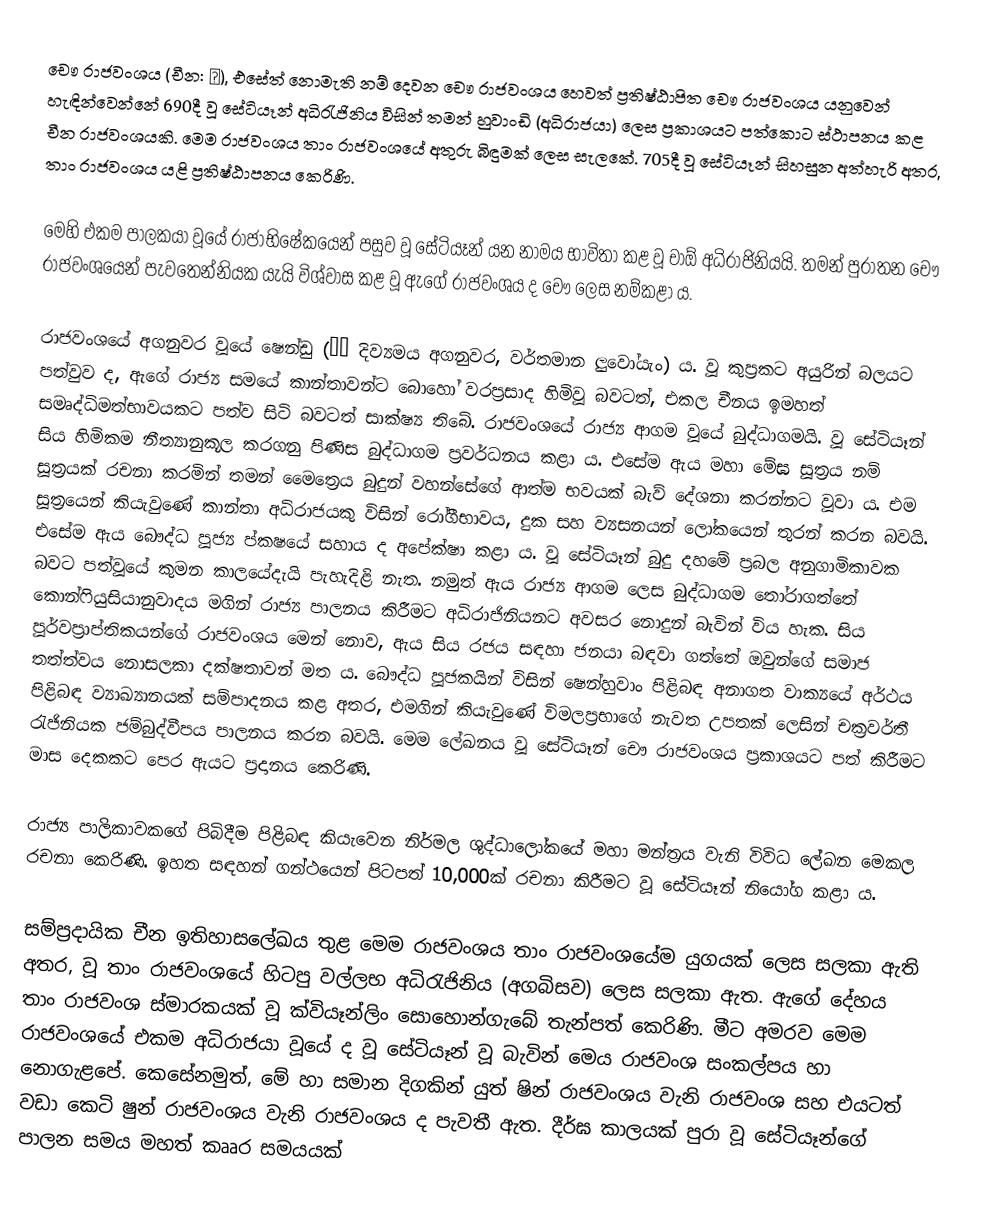
චෞ රාජවංශය (චීන: 周), එසේත් නොමැති නම් දෙවන චෞ රාජවංශය හෙවත් ප්‍රතිෂ්ඨාපිත‍ චෞ රාජවංශය යනුවෙන් හැඳින්වෙන්නේ 690දී වූ සේටියෑන් අධිරැජිනිය විසින් තමන් හුවාංඩි (අධිරාජයා) ලෙස ප්‍රකාශයට පත්කොට ස්ථාපනය කළ චීන රාජවංශයකි. මෙම රාජවංශය තාං රාජවංශයේ අතුරු බිඳුමක් ලෙස සැලකේ. 705දී වූ සේටියෑන් සිහසුන අත්හැරි අතර, තාං රාජවංශය යළි ප්‍රතිෂ්ඨාපනය කෙරිණි.

මෙහි එකම පාලකයා වූයේ රාජාභිෂේකයෙන් පසුව වූ සේටියෑන් යන නාමය භාවිතා කළ වූ චාඕ අධිරාජිනියයි. තමන් පුරාතන චෞ රාජවංශයෙන් පැවතෙන්නියක යැයි විශ්වාස කළ වූ ‍ඇගේ රාජවංශය ද චෞ ලෙස නම්කළා ය.

රාජවංශයේ අගනුවර වූයේ ෂෙන්ඩු (神都 දිව්‍යමය අගනුවර, වර්තමාන ලුවෝයැං) ය. වූ කුප්‍රකට අයුරින් බලයට පත්වුව ද, ඇගේ රාජ්‍ය සමයේ කාන්තාවන්ට බොහෝ වරප්‍රසාද හිමිවූ බවටත්, එකල චීනය ඉමහත් සමෘද්ධිමත්භාවයකට පත්ව සිටි බවටත් සාක්ෂ්‍ය තිබේ. රාජවංශයේ රාජ්‍ය ආගම වූයේ බුද්ධාගමයි. වූ සේටියෑන් සිය හිමිකම නීත්‍යානුකූල කරගනු පිණිස බුද්ධාගම ප්‍රවර්ධනය කළා ය. එසේම ඇය මහා මේඝ සූත්‍රය නම් සූත්‍රයක් රචනා කරමින් තමන් මෛත්‍රෙය බුදුන් වහන්සේගේ ආත්ම භවයක් බැව් දේශනා කරන්නට වූවා ය. එම සූත්‍රයෙන් කියැවුණේ කාන්තා අධිරාජයකු විසින් රෝගීභාවය, දුක සහ ව්‍යසනයන් ලෝකයෙන් තුරන් කරන බවයි. එසේම ඇය බෞද්ධ පූජ්‍ය ප්කෂයේ සහාය ද අපේක්ෂා කළා ය. වූ සේටියෑන් බුදු දහමේ ප්‍රබල අනුගාමිකාවක බවට පත්වූයේ කුමන කාලයේදැයි පැහැදිළි නැත. නමුත් ඇය රාජ්‍ය ආගම ලෙස බුද්ධාගම තෝරාගත්තේ කොන්ෆියුසියානුවාදය මගින් රාජ්‍ය පාලනය කිරීමට අධිරාජිනියනට අවසර නොදුන් බැවින් විය හැක. සිය පූර්වප්‍රාප්තිකයන්ගේ රාජවංශය මෙන් ‍නොව, ඇය සිය රජය සඳහා ජනයා බඳවා ගත්තේ ඔවුන්ගේ සමාජ තත්ත්වය නොසලකා දක්ෂතාවන් මත ය. බෞද්ධ පූජකයින් විසින් ෂෙන්හුවාං පිළිබඳ අනාගත වාක්‍යයේ අර්ථය පිළිබඳ ව්‍යාඛ්‍යානයක් සම්පාදනය කළ අතර, එමගින් කියැවුණේ විමලප්‍රභාගේ නැවත උපතක් ලෙසින් චක්‍රවර්තී රැජිනියක ජම්බුද්වීපය පාලනය කරන බවයි. මෙම ලේඛනය වූ සේටියෑන් චෞ රාජවංශය ප්‍රකාශයට පත් කිරීමට මාස දෙකකට පෙර ඇයට ප්‍රදානය කෙරිණි.

රාජ්‍ය පාලිකාවකගේ පිබිදීම පිළිබඳ කියැවෙන නිර්මල ශුද්ධාලෝකයේ මහා මන්ත්‍රය වැනි විවිධ ලේඛන මෙකල රචනා කෙරිණි. ඉහත සඳහන් ගන්ථයෙන් පිටපත් 10,000ක් රචනා කිරීමට වූ සේටියෑන් නියෝග කළා ය.

සම්ප්‍රදායික චීන ඉතිහාසලේඛය තුළ මෙම රාජවංශය තාං රාජවංශයේම යුගයක් ලෙස සලකා ඇති අතර, වූ තාං රාජවංශයේ හිටපු වල්ලභ අධිරැජිනිය (අගබිසව) ලෙස සලකා ඇත. ඇගේ දේහය තාං රාජවංශ ස්මාරකයක් වූ ක්වියෑන්ලිං සොහොන්ගැබේ තැන්පත් කෙරිණි. මීට අමරව මෙම රාජවංශයේ එකම අධිරාජයා වූයේ ද වූ සේටියෑන් වූ බැවින් මෙය රාජවංශ සංකල්පය හා නොගැළපේ. කෙසේනමුත්, මේ හා සමාන දිගකින් යුත් ෂින් රාජවංශය වැනි රාජවංශ සහ එයටත් වඩා කෙටි ෂුන් රාජවංශය වැනි රාජවංශය ද පැවතී ඇත. දීර්ඝ කාලයක් පුරා වූ සේටියෑන්ගේ පාලන සමය මහත් කෲර සමයයක්